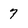
Character: 7